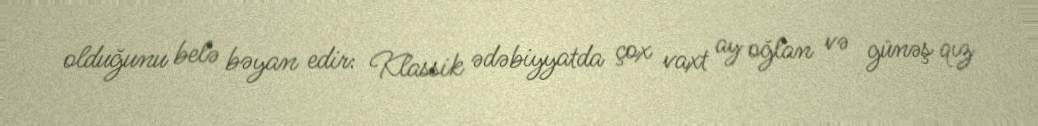
olduğunu belə bəyan edir: Klassik ədəbiyyatda çox vaxt ay oğlan və günəş qız